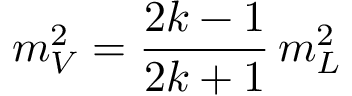
m _ { V } ^ { 2 } = { \frac { 2 k - 1 } { 2 k + 1 } } \, m _ { L } ^ { 2 }